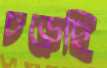
চড়েছি